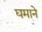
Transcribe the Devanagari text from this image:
घमाने